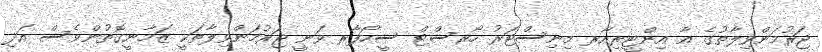
ޖަރުމަންވިލާތުގެ އާ އިންޓީރިއާރ މިނިސްޓަރު ހޯރސްޓް ސީހޯފާރ ވަނީ ޖަރުމަންވިލާތަކީ ޒަމާނީގޮތުންވެސް އަދި